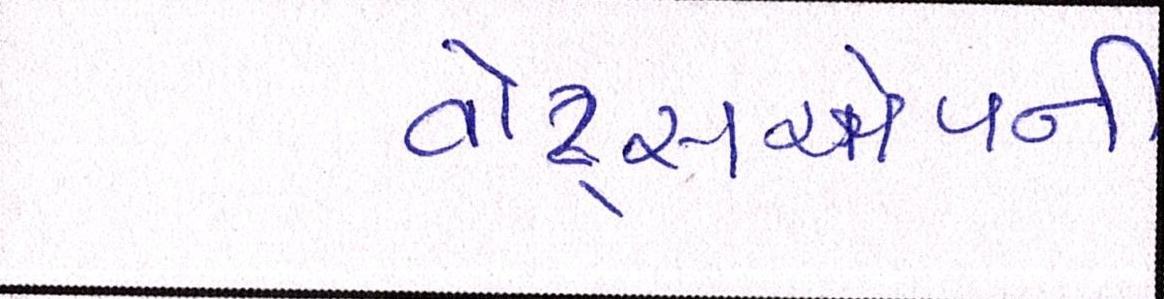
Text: વોટ્સએપની